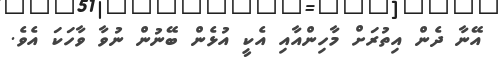
އޭނާ ދެން އިތުރަށް މާހިންއާއި އެކީ އުޅެން ބޭނުން ނުވާ ވާހަކަ އެވެ.